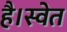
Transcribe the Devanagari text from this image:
है।स्वेत